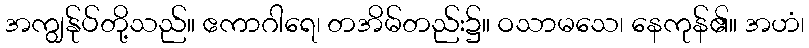
အကျွန်ုပ်တို့သည်။ ဧကာဂါရေ၊ တအိမ်တည်း၌။ ဝသာမသေ၊ နေကုန်၏။ အဟံ၊